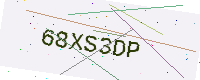
Text: 68XS3DP